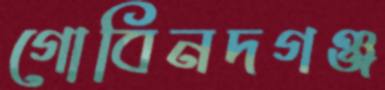
গোবিনদগঞ্জ